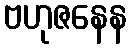
ဗဟုဇနေန